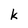
Character: k